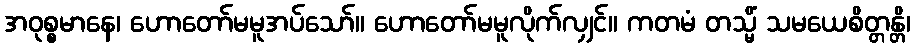
အဝုစ္စမာနေ၊ ဟောတော်မမူအပ်သော်။ ဟောတော်မမူလိုက်လျှင်။ ကတမံ တသ္မိံ သမယေစိတ္တန္တိ၊